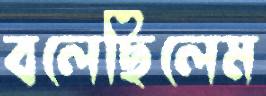
বলেছিলেম